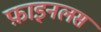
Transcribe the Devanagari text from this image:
फ़ाइनलस